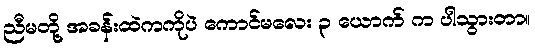
ညီမတို့ အခန်းထဲကကိုပဲ ကောင်မလေး ၃ ယောက် က ပါသွားတာ။